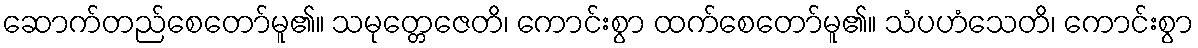
ဆောက်တည်စေတော်မူ၏။ သမုတ္တေဇေတိ၊ ကောင်းစွာ ထက်စေတော်မူ၏။ သံပဟံသေတိ၊ ကောင်းစွာ